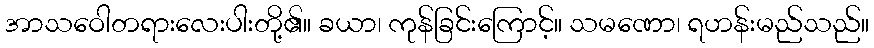
အာသဝေါတရားလေးပါးတို့၏။ ခယာ၊ ကုန်ခြင်းကြောင့်။ သမဏော၊ ရဟန်းမည်သည်။